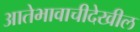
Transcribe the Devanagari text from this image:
आतेभावाचीदेखील